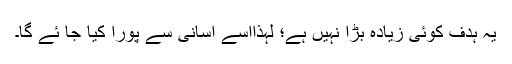
یہ ہدف کوئی زیادہ بڑا نہیں ہے؛ لہٰذااسے آسانی سے پورا کیا جا ئے گا۔